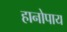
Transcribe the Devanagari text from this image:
हानोपाय